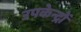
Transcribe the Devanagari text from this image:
उपकेन्द्रों